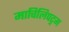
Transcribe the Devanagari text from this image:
माचिलिपट्नम